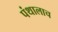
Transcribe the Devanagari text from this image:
पंथालाच